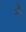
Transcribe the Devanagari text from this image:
मेेें